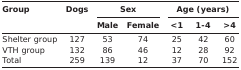
<table><thead><tr><td rowspan="3"><b>Group</b></td><td rowspan="3"><b>Dogs</b></td><td colspan="2"><b>Sex</b></td><td colspan="3"><b>Age (years)</b></td></tr><tr><td><b>Male</b></td><td><b>Female</b></td><td><b>&lt;1</b></td><td><b>1-4</b></td><td><b>&gt;4</b></td></tr></thead><tbody><tr><td>Shelter group</td><td>127</td><td>53</td><td>74</td><td>25</td><td>42</td><td>60</td></tr><tr><td>VTD group</td><td>132</td><td>86</td><td>46</td><td>12</td><td>28</td><td>92</td></tr><tr><td>Total</td><td>259</td><td>139</td><td>12</td><td>37</td><td>70</td><td>152</td></tr></tbody></table>